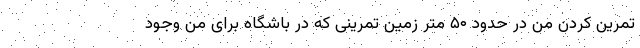
تمرین کردن من در حدود ۵۰ متر زمین تمرینی که در باشگاه برای من وجود